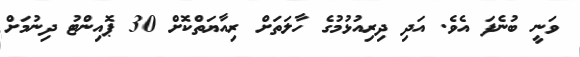
ވަނީ ބުނެފަ އެވެ. އަދި ދިރިއުޅުމުގެ ހާލަތަށް ރިއާޔަތްކޮށް 30 ޕޮއިންޓު ދިނުމަށް